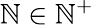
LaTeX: \mathbb{N}\in\mathbb{{\mathbb{N}}}^{+}